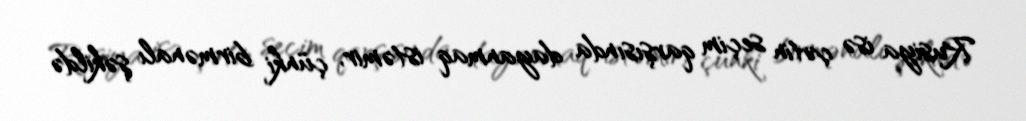
Rusiya isə çətin seçim qarşısında dayanmaq istəmir, çünki birmənalı şəkildə